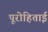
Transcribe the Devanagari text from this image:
पूरोहिताई